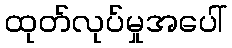
ထုတ်လုပ်မှုအပေါ်